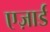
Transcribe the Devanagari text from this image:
एज़ार्ड